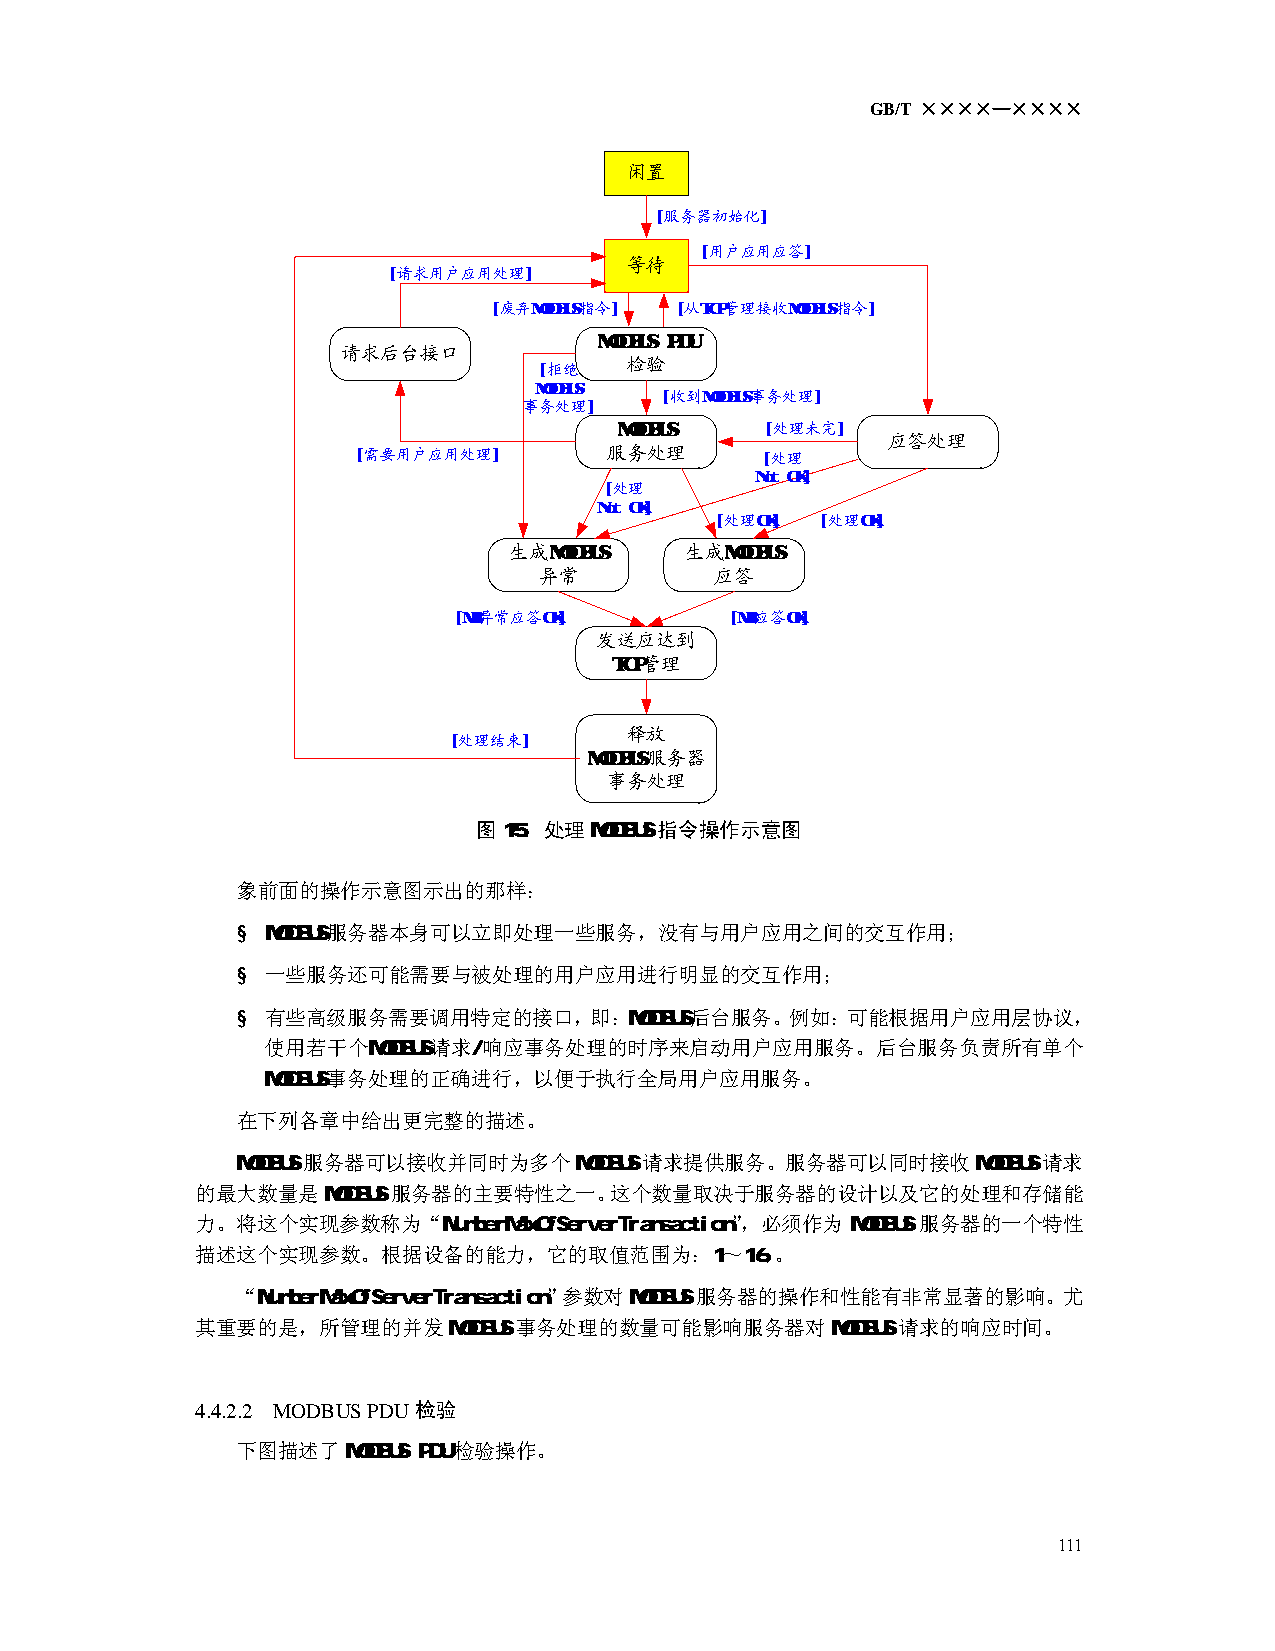
GB/T ××××—××××
 闲置
 [服务器初始化]
 [用户应用应答]
 等待
 [请求用户应用处理]
 [废弃MODBUS指令] [从TCP管理接收MODBUS指令]
 MODBUS PDU
 请求后台接口
 检验
 [拒绝
 MODBUS
 [收到MODBUS事务处理]
 事务处理]
 MODBUS    [处理未完]
 应答处理
 [需要用户应用处理]      服务处理       [处理
 Not OK]
 [处理
 Not OK]
 [处理OK] [处理OK]
 生成MODBUS   生成MODBUS
 异常         应答
 [MB异常应答OK]        [MB应答OK]
 发送应达到
 TCP管理
 释放
 [处理结束]
 MODBUS服务器
 事务处理
 图15：处理MODBUS指令操作示意图
 象前面的操作示意图示出的那样：
 § MODBUS服务器本身可以立即处理一些服务，没有与用户应用之间的交互作用；
 § 一些服务还可能需要与被处理的用户应用进行明显的交互作用；
 § 有些高级服务需要调用特定的接口，即：MODBUS后台服务。例如：可能根据用户应用层协议，
 使用若干个MODBUS请求/响应事务处理的时序来启动用户应用服务。后台服务负责所有单个
 MODBUS事务处理的正确进行，以便于执行全局用户应用服务。
 在下列各章中给出更完整的描述。
 MODBUS服务器可以接收并同时为多个MODBUS请求提供服务。服务器可以同时接收MODBUS请求
 的最大数量是MODBUS服务器的主要特性之一。这个数量取决于服务器的设计以及它的处理和存储能
 力。将这个实现参数称为“NumberMaxOfServerTransaction”，必须作为 MODBUS 服务器的一个特性
 描述这个实现参数。根据设备的能力，它的取值范围为：1～16，。
 “NumberMaxOfServerTransaction”参数对MODBUS服务器的操作和性能有非常显著的影响。尤
 其重要的是，所管理的并发MODBUS事务处理的数量可能影响服务器对MODBUS请求的响应时间。
 4.4.2.2 MODBUS PDU 检验
 下图描述了MODBUS PDU检验操作。
 111